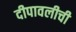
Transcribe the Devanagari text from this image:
दीपावलीची